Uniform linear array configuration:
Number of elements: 8
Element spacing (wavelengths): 1
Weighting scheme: hann
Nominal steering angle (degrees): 30
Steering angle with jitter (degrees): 30.237
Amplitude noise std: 0.05
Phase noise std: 0.05

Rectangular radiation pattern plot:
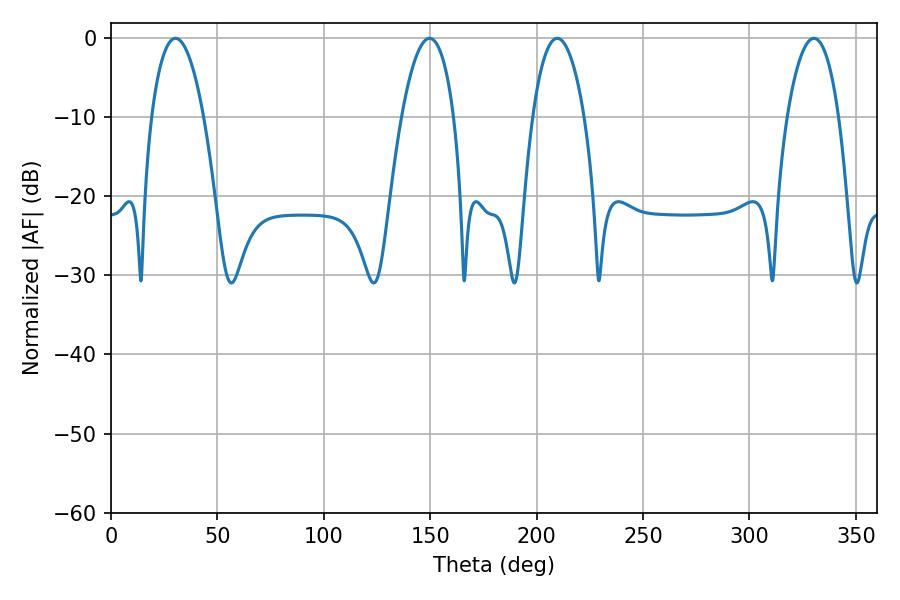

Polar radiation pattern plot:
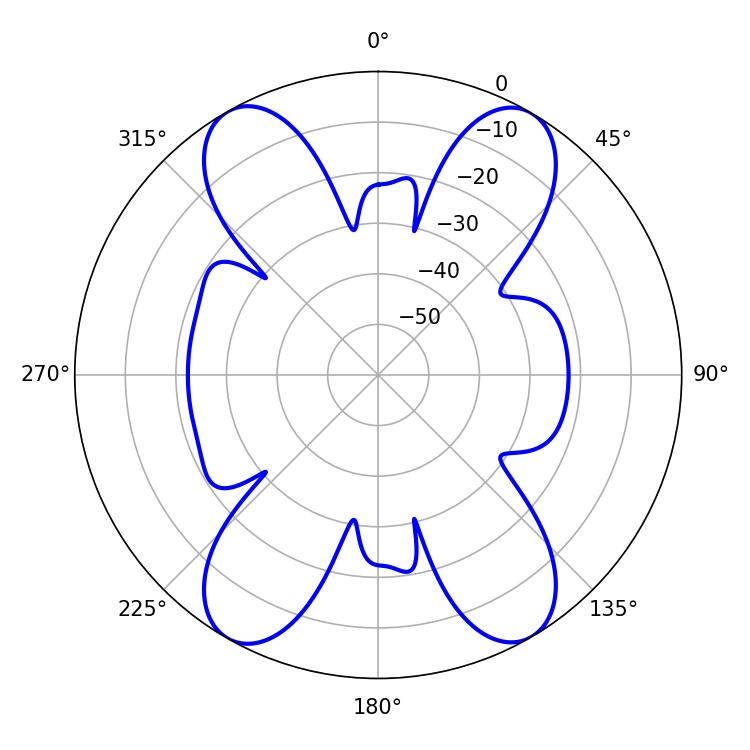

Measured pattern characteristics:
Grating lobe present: TRUE
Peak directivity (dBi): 24.88
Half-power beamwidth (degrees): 13.68
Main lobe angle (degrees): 209.7